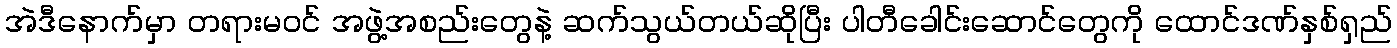
အဲဒီနောက်မှာ တရားမဝင် အဖွဲ့အစည်းတွေနဲ့ ဆက်သွယ်တယ်ဆိုပြီး ပါတီခေါင်းဆောင်တွေကို ထောင်ဒဏ်နှစ်ရှည်